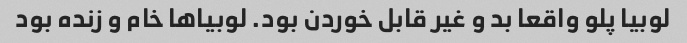
لوبیا پلو واقعا بد و غیر قابل خوردن بود. لوبیا‌ها خام و زنده بود